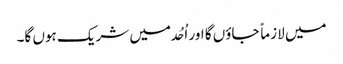
میں لازماً جاؤں گا اور اُحُد میں شریک ہوں گا۔